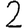
Digit: 2